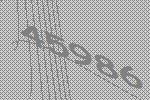
45986